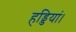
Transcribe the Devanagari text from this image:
हड्डियां।